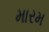
મારમ